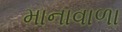
માનાવાળા